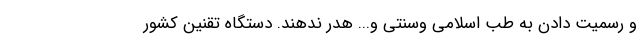
و رسمیت دادن به طب اسلامی وسنتی و... هدر ندهند. دستگاه تقنین کشور